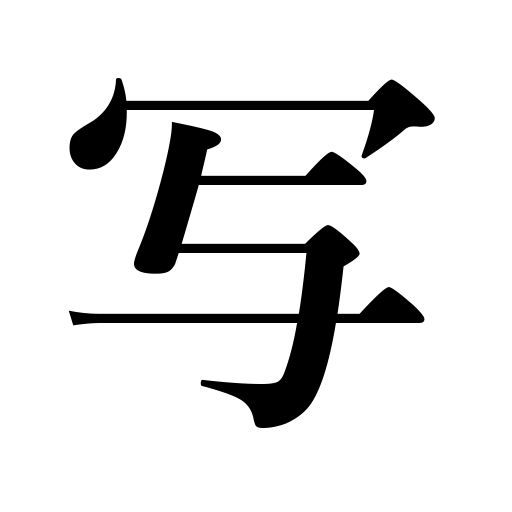
Meanings: picture,be photographed,reproduce,describe,transcribe,copy,light or shadows fall on,be projected on a screen,trace,duplicate,photograph